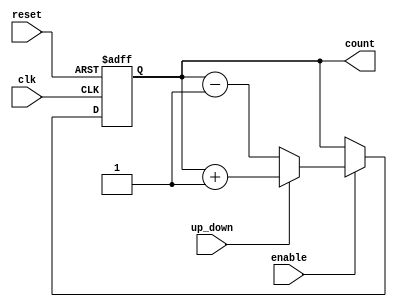
module Dynamic_Asynchronous_Counter (
    input wire clk,           // Asynchronous clock signal for counting
    input wire reset,         // Asynchronous reset signal
    input wire enable,        // Enable signal to control counting
    input wire up_down,       // Control for counting direction (1 for up, 0 for down)
    output reg [3:0] count    // 4-bit counter output
);

// Asynchronous reset and counting logic
always @(posedge clk or posedge reset) begin
    if (reset) begin
        count <= 4'b0000; // Reset count to 0
    end else if (enable) begin
        if (up_down) begin
            count <= count + 1; // Increment count
        end else begin
            count <= count - 1; // Decrement count
        end
    end
end

endmodule